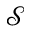
\mathcal { S }